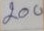
200